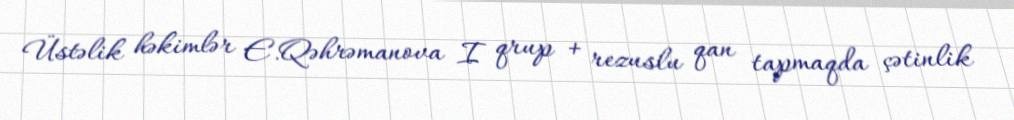
Üstəlik həkimlər E.Qəhrəmanova I qrup + rezuslu qan tapmaqda çətinlik